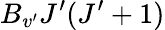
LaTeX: B_{v^{\prime}}J^{\prime}(J^{\prime}+1)